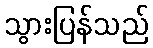
သွားပြန်သည်